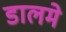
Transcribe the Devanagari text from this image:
डालमे